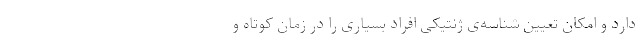
دارد و امکان تعیین شناسه‌ی ژنتیکی افراد بسیاری را در زمان کوتاه و